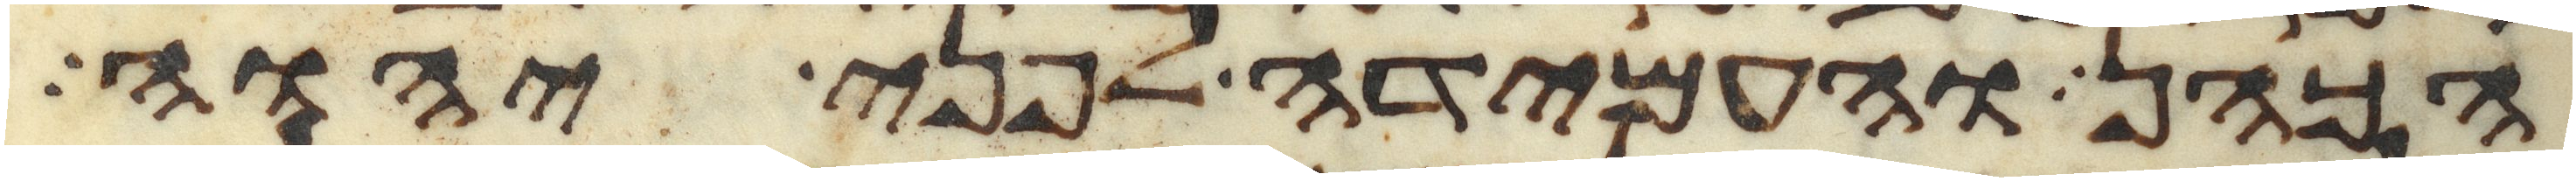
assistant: הכהן והעמידה לפני יהוה